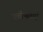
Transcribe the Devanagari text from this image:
प्रवीणताएँ